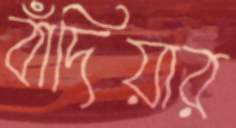
বাঁদিয়ার